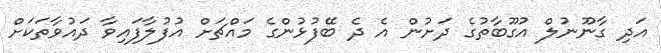
އަދި ގާނޫނުލް އުގޫބާތުގެ ދަށުން އެ ދެ ބޭފުޅުންގެ މައްޗަށް އުފުލާފައިވާ ދައުވާތަކަށް